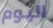
اليوم